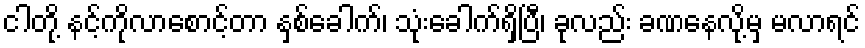
ငါတို့ နင့်ကိုလာစောင့်တာ နှစ်ခေါက်၊ သုံးခေါက်ရှိပြီ၊ ခုလည်း ခဏနေလို့မှ မလာရင်